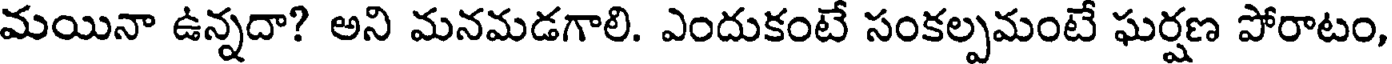
మయినా ఉన్నదా? అని మనమడగాలి. ఎందుకంటే సంకల్పమంటే ఘర్షణ పోరాటం,